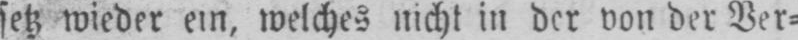
setz wieder ein, welches nicht in der von der Ver⸗